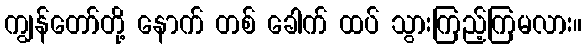
ကျွန်တော်တို့ နောက် တစ် ခေါက် ထပ် သွားကြည့်ကြမလား။